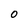
Character: 0